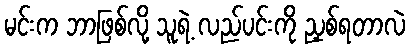
မင်းက ဘာဖြစ်လို့ သူရဲ့ လည်ပင်းကို ညှစ်ရတာလဲ